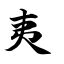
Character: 夷